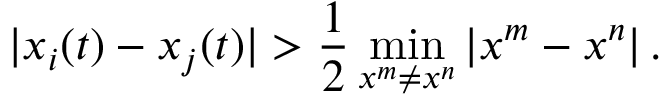
| x _ { i } ( t ) - x _ { j } ( t ) | > \frac { 1 } { 2 } \operatorname* { m i n } _ { x ^ { m } \neq x ^ { n } } | x ^ { m } - x ^ { n } | \, .